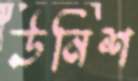
ঊনিশ